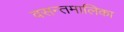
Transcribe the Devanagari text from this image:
वसन्तमालिका